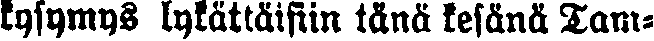
kysymys lykättäisiin tänä kesänä Tam-